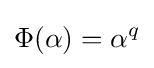
\Phi (\alpha )=\alpha ^{q}